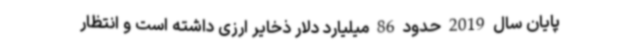
پایان سال 2019 حدود 86 میلیارد دلار ذخایر ارزی داشته است و انتظار